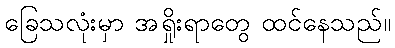
ခြေသလုံးမှာ အရှိုးရာတွေ ထင်နေသည်။